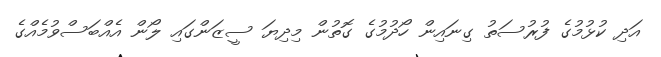
އަދި ކުޅުމުގެ ފުރުސަތު ގިނައިން ހޯދުމުގެ ގޮތުން މިދިޔަ ސީޒަންގައި ލޯން އެއްބަސްވުމެއްގެ